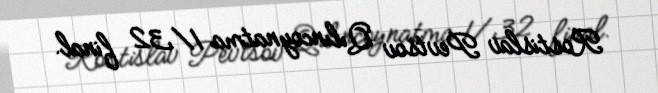
Rostislav Pevtsov Qılıncoynatma 1/32 final.